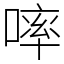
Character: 𠻜